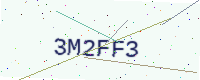
Text: 3M2FF3